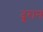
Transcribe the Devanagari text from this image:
दूरान